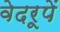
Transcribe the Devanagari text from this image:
वेदरूपें